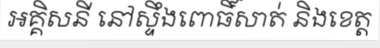
អគ្គិសនី នៅស្ទឹងពោធិ៍សាត់ និងខេត្ត